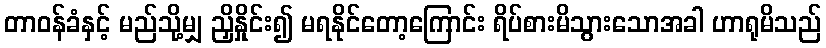
တာဝန်ခံနှင့် မည်သို့မျှ ညှိနှိုင်း၍ မရနိုင်တော့ကြောင်း ရိပ်စားမိသွားသောအခါ ဟာရုမိသည်